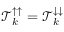
\mathcal { T } _ { k } ^ { \uparrow \uparrow } = \mathcal { T } _ { k } ^ { \downarrow \downarrow }